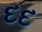
દદ